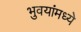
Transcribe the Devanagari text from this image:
भुवयांमध्ये